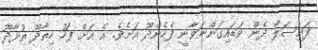
ފައިސަލް ދެން ވަޑައިގަންނަވާނީ ފެހެންދޫ އަށެވެ. އެ އަށް ފަހު ހިތާދޫ ތުޅާދޫ